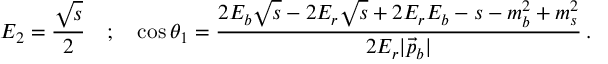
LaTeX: E _ { 2 } = \frac { \sqrt { s } } { 2 } \quad ; \quad \cos \theta _ { 1 } = \frac { 2 E _ { b } \sqrt { s } - 2 E _ { r } \sqrt { s } + 2 E _ { r } E _ { b } - s - m _ { b } ^ { 2 } + m _ { s } ^ { 2 } } { 2 E _ { r } | \vec { p } _ { b } | } \, .